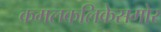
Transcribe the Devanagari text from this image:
कमलकलिकेसमोर